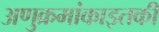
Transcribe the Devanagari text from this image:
अणुक्रमांकाइतकी